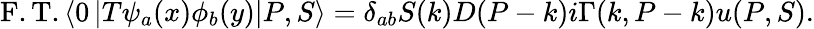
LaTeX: \mathrm{F.T.}\left\langle 0\left|T\psi_{a}(x)\phi_{b}(y)\right|P,S\right\rangle=\delta_{ab}S(k)D(P-k)i\Gamma(k,P-k)u(P,S).